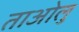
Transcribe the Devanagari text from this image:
ताओलु